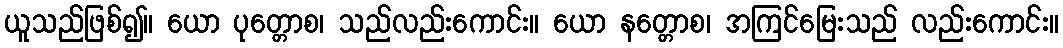
ယူသည်ဖြစ်၍။ ယော ပုတ္တောစ၊ သည်လည်းကောင်း။ ယော နတ္တောစ၊ အကြင်မြေးသည် လည်းကောင်း။